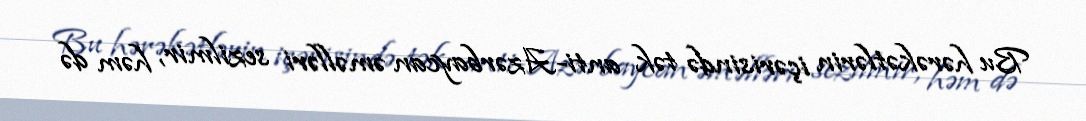
Bu hərəkətlərin içərisində tək anti-Azərbaycan əməlləri sezilmir, həm də